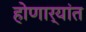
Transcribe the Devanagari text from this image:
होणार्‍यांत